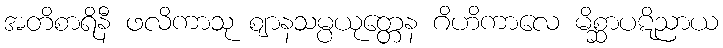
အတိစာရိနီ ဖလိကာသု ဈာနသမ္ပယုတ္တေန ဂိဟိကာလေ မိစ္ဆာပဋိညာယ